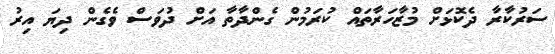
ސަރުކާރާ ދެކޮޅަށް މުޒާހަރާތައް ކުރަމުން ގެންދާތާ އަށް ދުވަސް ވެގެން ދިޔަ އިރު